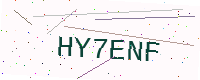
Text: HY7ENF